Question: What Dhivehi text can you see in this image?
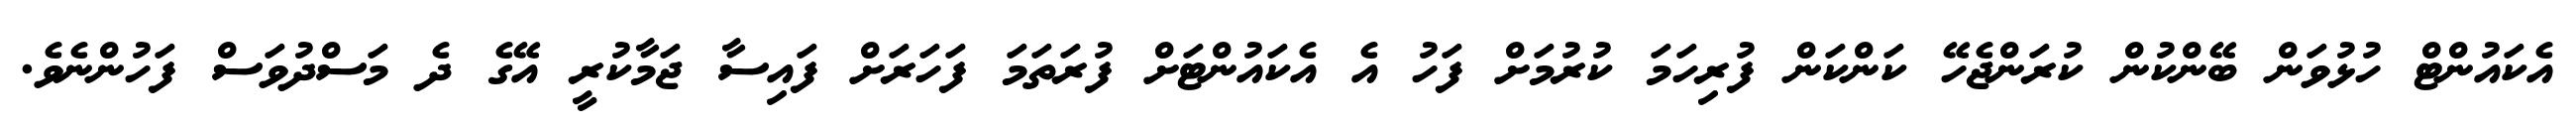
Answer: އެކައުންޓް ހުޅުވަން ބޭންކުން ކުރަންޖެހޭ ކަންކަން ފުރިހަމަ ކުރުމަށް ފަހު އެ އެކައުންޓަށް ފުރަތަމަ ފަހަރަށް ފައިސާ ޖަމާކުރީ އޭގެ ދެ މަސްދުވަސް ފަހުންނެވެ.